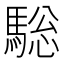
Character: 𩣭